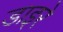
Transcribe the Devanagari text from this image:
डाइरे